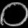
Digit: ၀